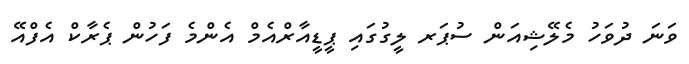
ވަނަ ދުވަހު މެލޭޝިއަން ސުޕަރ ލީގުގައި ޕީޑީއާރްއެމް އެންމެ ފަހުން ޕެރާކް އެފްއޭ